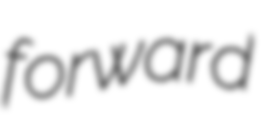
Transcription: forward